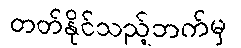
တတ်နိုင်သည့်ဘက်မှ